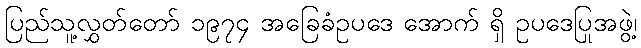
ပြည်သူ့လွှတ်တော် ၁၉၇၄ အခြေခံဥပဒေ အောက် ရှိ ဥပဒေပြုအဖွဲ့၊